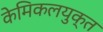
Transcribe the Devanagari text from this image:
केमिकलयुक्त